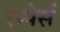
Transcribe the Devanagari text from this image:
रप्पेर्स